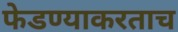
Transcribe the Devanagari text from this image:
फेडण्याकरताच